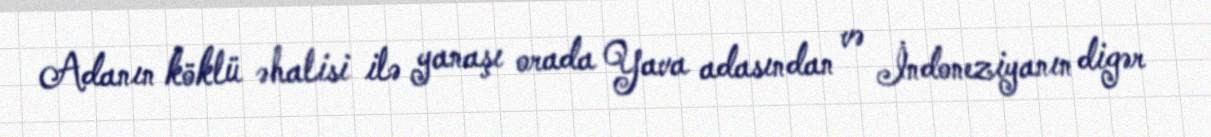
Adanın köklü əhalisi ilə yanaşı orada Yava adasından və İndoneziyanın digər